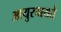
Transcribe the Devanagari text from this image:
आयुरुच्चयते